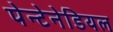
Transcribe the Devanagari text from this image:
पेन्टेनेडियल